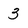
Character: 3